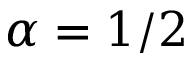
\alpha = 1 / 2